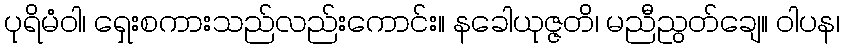
ပုရိမံဝါ၊ ရှေးစကားသည်လည်းကောင်း။ နခေါယုဇ္ဇတိ၊ မညီညွတ်ချေ။ ဝါပန၊